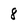
Character: 8